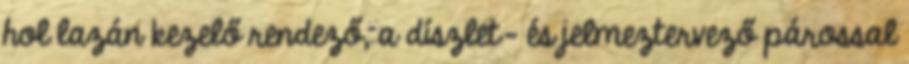
hol lazán kezelő rendező, a díszlet- és jelmeztervező párossal